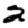
Digit: 2